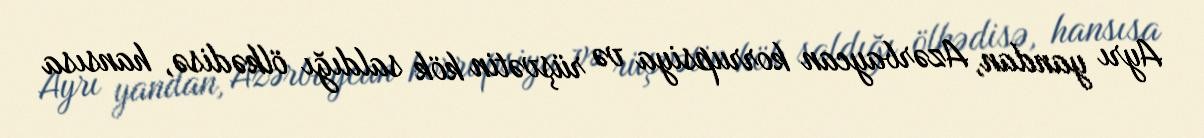
Ayrı yandan, Azərbaycan korrupsiya və rüşvətin kök saldığı ölkədisə, hansısa